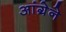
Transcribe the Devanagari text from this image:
आंग्रेने